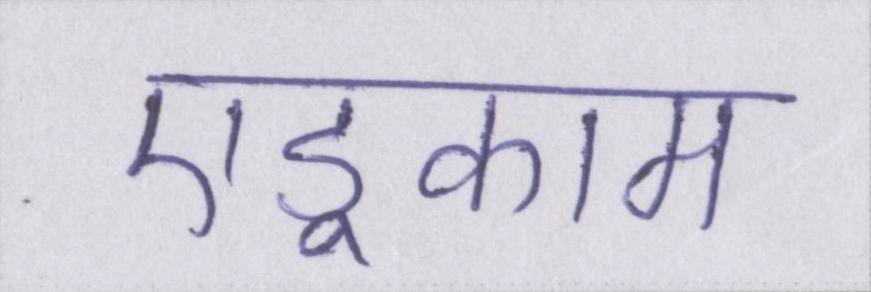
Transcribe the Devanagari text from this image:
एडूकाम